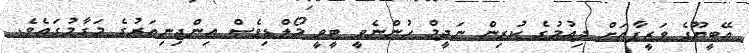
އޭބީޔޫގެ ވަޒީފާއަށް ދިއުމުގެ ކުރިން ނަދީމް ހުންނެވީ ޓީވީ މޯލްޑިވެސް އިންޖިނިއަރުގެ މަގާމުގައެވެ.